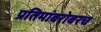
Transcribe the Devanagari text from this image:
प्रतिमांबरोबरच